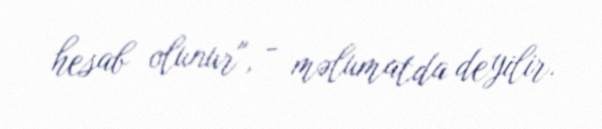
hesab olunur", - məlumatda deyilir.